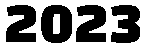
2023